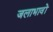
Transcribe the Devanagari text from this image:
जलाभावों